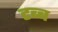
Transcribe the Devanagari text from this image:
टब्ब